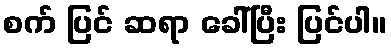
စက် ပြင် ဆရာ ခေါ်ပြီး ပြင်ပါ။